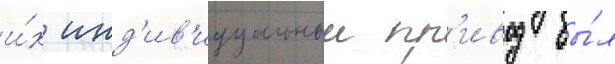
и́х инд'ив'идуальныи пр'ивод бы́л